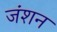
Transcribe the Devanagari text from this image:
जंशन